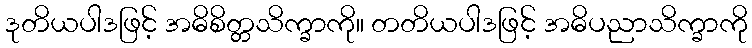
ဒုတိယပါဒဖြင့် အဓိစိတ္တသိက္ခာကို။ တတိယပါဒဖြင့် အဓိပညာသိက္ခာကို